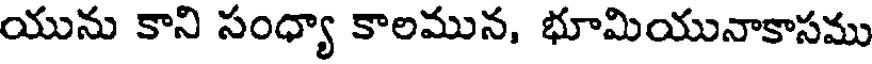
యును కాని సంధ్యా కాలమున, భూమియునాకాసము